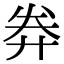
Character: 𢍊